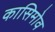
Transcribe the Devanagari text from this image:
कासिमोव